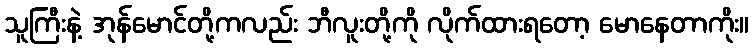
သူကြီးနဲ့ အုန်မောင်တို့ကလည်း ဘီလူးတို့ကို လိုက်ထားရတော့ မောနေတာကိုး။